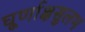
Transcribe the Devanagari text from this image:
घूर्णाक्षसुलभ